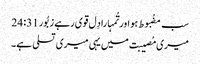
سب مضُبوط ہو اور تُمہارا دِل قوی رہے زبُور 31: 24
میری مُصیبت میں یہی میری تسلی ہے۔